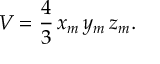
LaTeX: V = { \frac { 4 } { 3 } } \, x _ { m } \, y _ { m } \, z _ { m } .